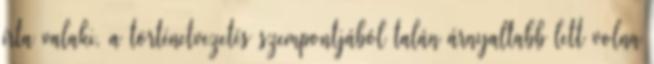
írta valaki, a történetvezetés szempontjából talán árnyaltabb lett volna